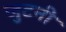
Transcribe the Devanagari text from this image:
जुटनी